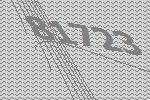
81723